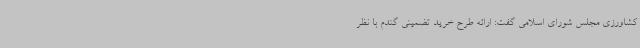
کشاورزی مجلس شورای اسلامی گفت: ارائه طرح خرید تضمینی گندم با نظر